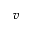
v